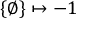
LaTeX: \{ \emptyset \} \mapsto - 1